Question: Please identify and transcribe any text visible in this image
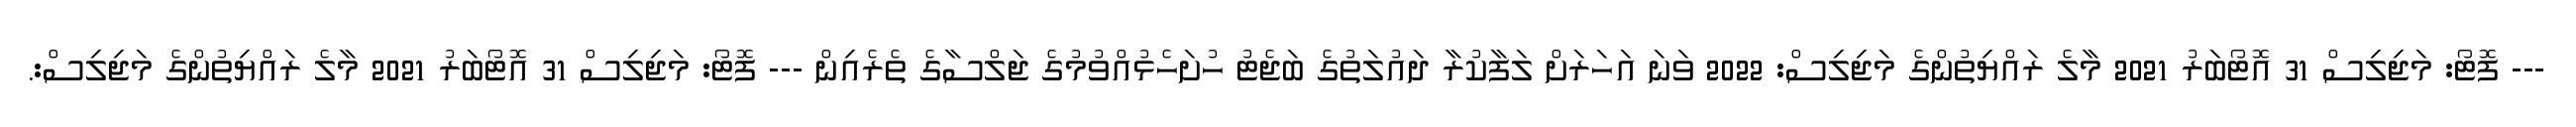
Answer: --- ފޮޓޯ: މަޖިލިސް 31 އޮޓޯބަރު 2021 މާލެ ރައްޔިތުންގެ މަޖިލިސް: 2022 ވަނަ އަހަރަށް ލަފާކުރާ ދައުލަތުގެ ބަޖެޓު ހުށަހެޅުއްވުމުގެ ޖަލްސާގެ ތެރެއިން --- ފޮޓޯ: މަޖިލިސް 31 އޮޓޯބަރު 2021 މާލެ ރައްޔިތުންގެ މަޖިލިސް:.